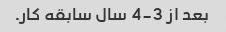
بعد از 3-4 سال سابقه کار.